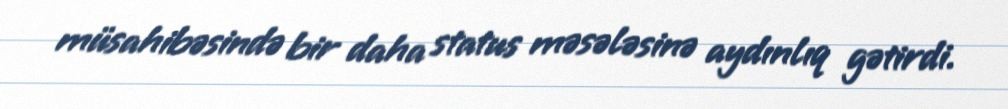
müsahibəsində bir daha status məsələsinə aydınlıq gətirdi.